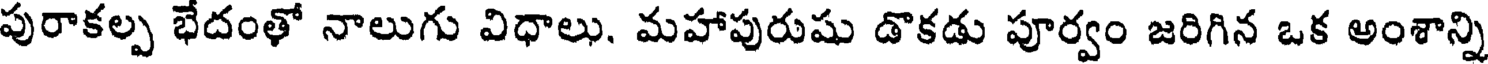
పురాకల్ప భేదంతో నాలుగు విధాలు. మహాపురుషు డొకడు పూర్వం జరిగిన ఒక అంశాన్ని